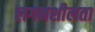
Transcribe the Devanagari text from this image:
लगनशीलता